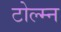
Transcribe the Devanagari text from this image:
टोल्म्न